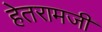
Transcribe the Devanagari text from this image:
हेतरामजी